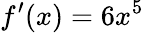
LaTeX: f^{\prime}(x)=6x^{5}